Report on sanitation, dispensaries, and jails in Rajputana for 1913, and on vaccination for the year 1913-1914 - 1913-1914
Year: 1913
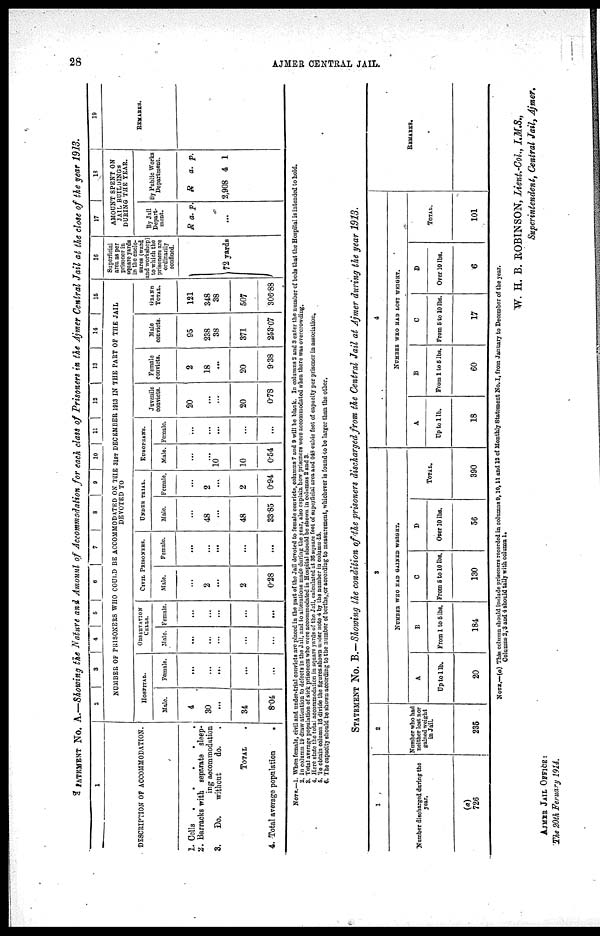
28
AJMER CENTRAL JAIL.
STATEMENT No. A.—Showing the Nature and Amount of Accommodation for each class of Prisoners in the Ajmer Central Jail at the close of the year 1913.
1
DESCRIPTION OF ACCOMMODATION.
1. Cells
.
.
.
.
.
2. Barracks with separate sleep¬
ing accommodation
3.
Do.
without
do.
TOTAL
4. Total average population
.
2
3
4
5
6
7
8
9
10
11
12
13
14
15
NUMBER OF PRISONERS WHO COULD BE ACCOMMODATED ON THE 31ST DECEMBER 1913 IN THE PART OF THE JAIL
DEVOTED TO
HOSPITAL.
Male.
4
30
...
34
8.04
Female.
...
...
...
...
...
OBSERVATION
CELLS.
Male.
...
...
...
...
...
Female.
...
...
...
...
...
CIVIL PRISONERS.
Male.
...
2
...
2
0.28
Female.
...
...
...
...
...
UNDER TRIAL.
Male.
...
48
...
48
33.85
Female.
...
2
...
2
0.94
EUROPEANS.
Mule.
...
...
10
10
0.54
Female.
...
...
...
...
...
Juvenile
convicts.
20
...
...
20
0.78
Female
convicts.
2
18
...
20
9.38
Male
convicts.
95
238
38
371
253.07
GRAND
TOTAL.
121
348
38
507
306.88
16
Superficial
area as per
prisoner in
square yards
in the enclo-
sures (ward
and workshop)
to which the
prisoners are
ordinarily
confined.
72 yards
17
18
AMOUNT SPENT ON
JAIL BUILDINGS
DURING THE TEAR.
By Jail
Depart-
ment.
R a. p.
...
By Public Works
Department.
R
2,908
a.
4
p.
1
19
REMARKS.
NOTE.—1. When female, civil and under-trial convicts are placed in the part of the Jail devoted to female convicts, columns 7 and 9 will be blank. In columns 2 and 3 enter the number of beds that the Hospital is intended to hold.
2. In column 19 draw attention to defects in the Jail, and to alterations made during the year, also explain how prisoners were accommodated when there was overcrowding.
3. Total average population of sick prisoners who were accommodated in Hospital should be shown in columns 2 and 3.
4. Here state the total accommodation in square yards of the Jail, calculated at 36 square feet of superficial area and 648 cubic feet of capacity per prisoner in association.
5. To obtain column 16 divide the figures shown under note 4 by the number in column 15.
6. The capacity should be shown according to the number of berths, or according to measurement, whichever is found to be larger than the other.
STATEMENT No. B.— Showing the condition of the prisoners discharged from the Central Jail at Ajmer during the year 1913.
1
Number discharged during the
year.
(a)
726
2
Number who had
neither lost nor
gained weight
in Jail.
235
3
NUMBER WHO HAD GAINED WEIGHT.
A
Up to 1lb.
20
B
From 1 to 5 lbs.
184
C
From 5 to 10 lbs.
130
D
Over 10 lbs.
56
TOTAL.
390
4
NUMBER WHO HAD LOST WEIGHT.
A
Up to 1 lb.
18
B
From 1 to 5 lbs.
60
C
From 5 to 10 lbs.
17
D
Over 10 lbs.
6
TOTAL.
101
REMARKS.
NOTE.—(a) This column should include prisoners recorded in columns 9,10,11 and 12 of Monthly Statement No. I, from January to December of the year.
Columns 2,3 and 4 should tally with column 1.
W. H. B. ROBINSON, Lieut.-Col., I.M.S.,
Superintendent, Central Jail, Ajmer.
AJMER JAIL OFFICE:
The 20th Feruary 1914.